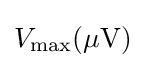
V_{\mathrm {max} }(\mathrm {\mu V} )